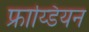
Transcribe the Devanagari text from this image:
फ्राय्डियन